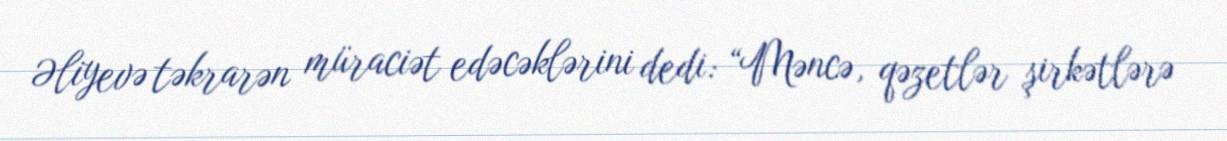
Əliyevə təkrarən müraciət edəcəklərini dedi: “Məncə, qəzetlər şirkətlərə